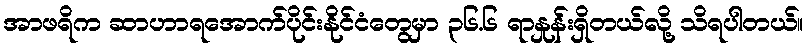
အာဖရိက ဆာဟာရအောက်ပိုင်းနိုင်ငံတွေမှာ ၃၆.၆ ရာနှုန်းရှိတယ်လို့ သိရပါတယ်။